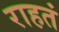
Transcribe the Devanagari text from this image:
राहतं